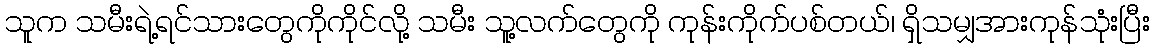
သူက သမီးရဲ့ရင်သားတွေကိုကိုင်လို့ သမီး သူ့လက်တွေကို ကုန်းကိုက်ပစ်တယ်၊ ရှိသမျှအားကုန်သုံးပြီး